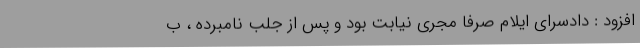
افزود : دادسرای ایلام صرفا مجری نیابت بود و پس از جلب نامبرده ، ب